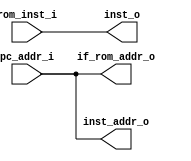
// instuction feach
module ifeach (
    //form pc
    input [31:0]    pc_addr_i,
    //from rom
    input [31:0]    rom_inst_i,
    //to rom
    output [31:0]   if_rom_addr_o,
    //to if_id
    output [31:0]   inst_addr_o,
    output [31:0]   inst_o
);
    assign if_rom_addr_o = pc_addr_i;
    assign inst_addr_o = pc_addr_i;
    assign inst_o = rom_inst_i;
endmodule //ifeach